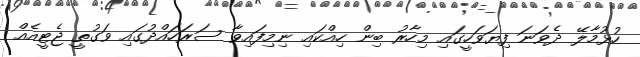
ހުޅުމާލޭ ދެވަނަ ފިޔަވަހީގައި މިހާރު ބިން ހިއްކައި ނިމިފައިވާ ސަރަހައްދުގައި ވަގުތީ ޖެޓީއެއް